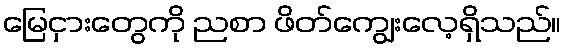
မြေငှားတွေကို ညစာ ဖိတ်ကျွေးလေ့ရှိသည်။